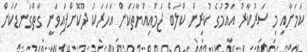
ކަމަށާއި މި ސަރުކާރު އައުމުގެ ކުރިން ކްލަބް ޖަމްއިއްޔާތަކަށް އަހަރަކު ދޫކޮށްފައިވަނީ ގާތްގަނޑަކަށް